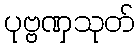
ပုဗ္ဗဏှသုတ်